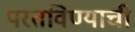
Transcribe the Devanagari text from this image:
परतविण्याची